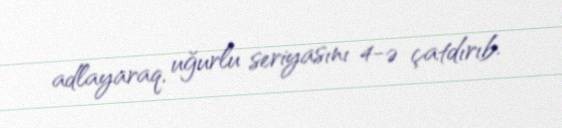
adlayaraq, uğurlu seriyasını 4-ə çatdırıb.